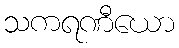
သကရဏီယော